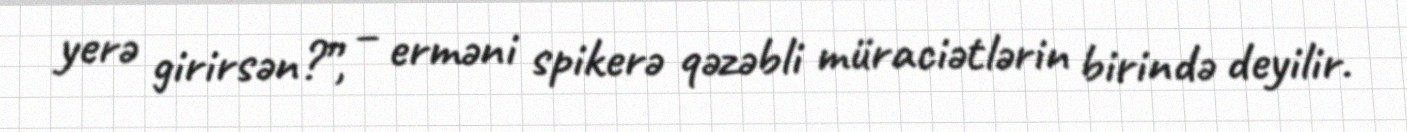
yerə girirsən?”, – erməni spikerə qəzəbli müraciətlərin birində deyilir.